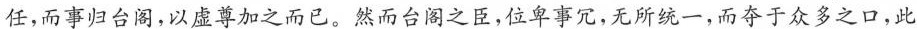
任，而事归台阁，以虚尊加之而已。然而台阁之臣，位卑事冗，无所统一，而夺于众多之口，此